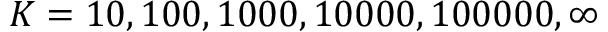
K = 1 0 , 1 0 0 , 1 0 0 0 , 1 0 0 0 0 , 1 0 0 0 0 0 , \infty